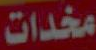
مخدات